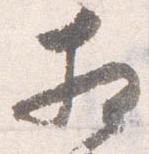
相